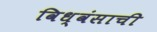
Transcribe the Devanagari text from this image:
विध्वंसाची